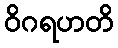
ဝိဂရဟတိ